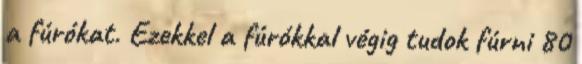
a fúrókat. Ezekkel a fúrókkal végig tudok fúrni 80